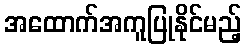
အထောက်အကူပြုနိုင်မည့်